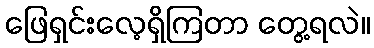
ဖြေရှင်းလေ့ရှိကြတာ တွေ့ရလဲ။